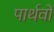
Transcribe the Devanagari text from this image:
पार्थवों